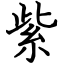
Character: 紫